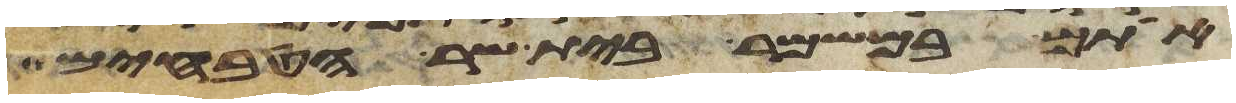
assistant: אתם במשמר בית שר הטבחים